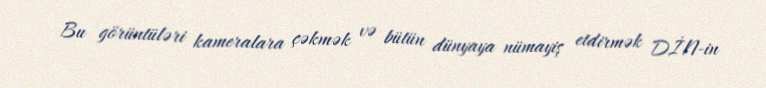
Bu görüntüləri kameralara çəkmək və bütün dünyaya nümayiş etdirmək DİN-in